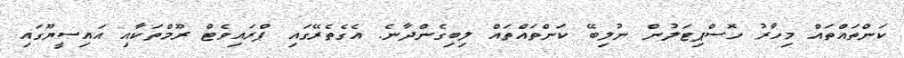
ކަންތައްތައް މިހާރު ހޮސްޕިޓަލުން ނުލިބޭ ކަންތައްތައް ލިބިގެންދާނެ. އެގެތެރޭގައި ޕްރައިވެޓް ރޫމްތަކާއި އައިސީޔޫގައި